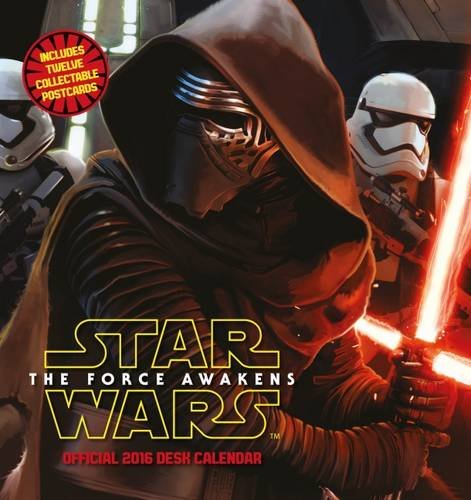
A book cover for The Official Star Wars EP7 2016 Desk Easel Calendar; Calendars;